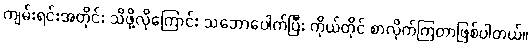
ကျမ်းရင်းအတိုင်း သိဖို့လိုကြောင်း သဘောပေါက်ပြီး ကိုယ်တိုင် စာလိုက်ကြတာဖြစ်ပါတယ်။